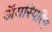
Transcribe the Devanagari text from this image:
ॲयस्पिरिन